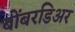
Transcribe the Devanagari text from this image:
बोंबरडिअर